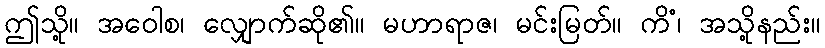
ဤသို့။ အဝေါစ၊ လျှောက်ဆို၏။ မဟာရာဇ၊ မင်းမြတ်။ ကိံ၊ အသို့နည်း။